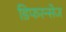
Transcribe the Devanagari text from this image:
डिफरन्सेज